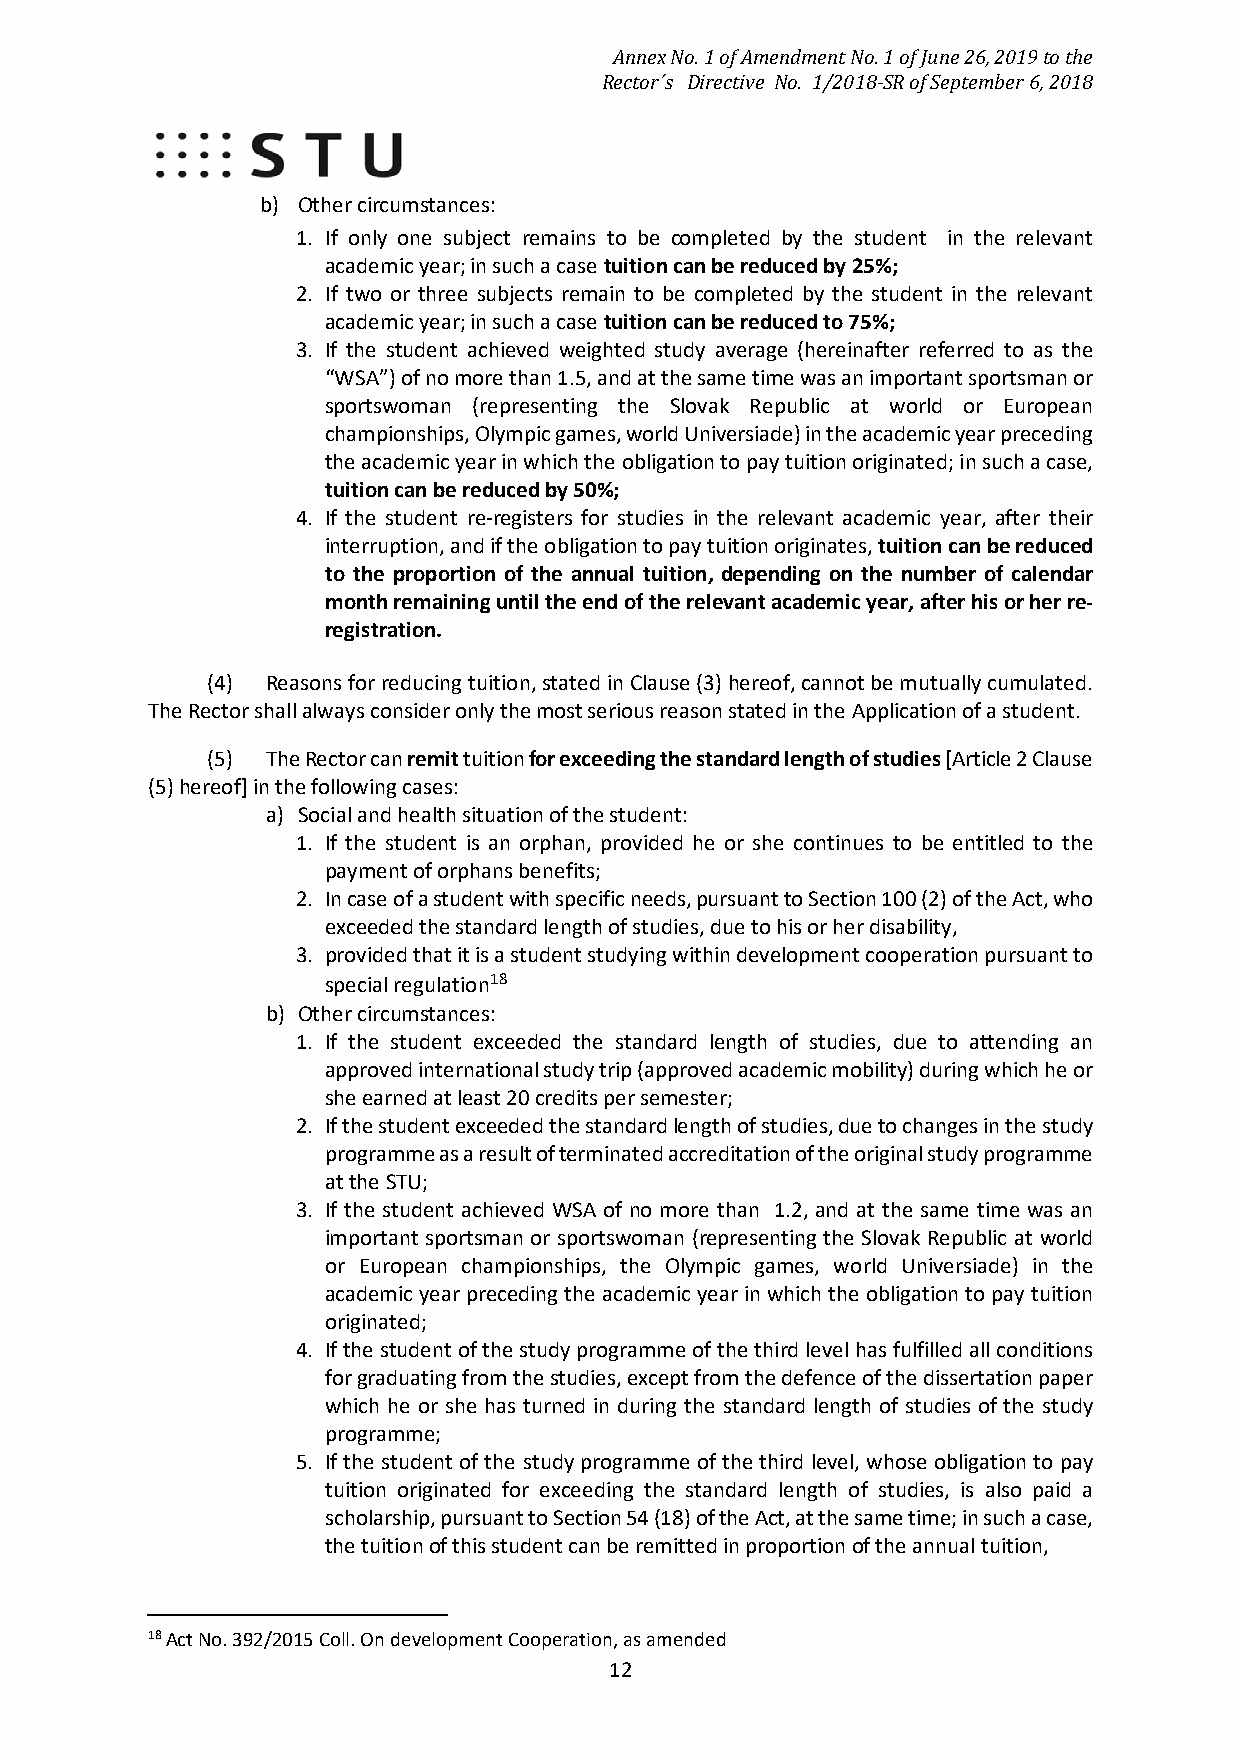
Annex No. 1 of Amendment No. 1 of June 26, 2019 to the
 Rector´s Directive No. 1/2018-SR of September 6, 2018
 b) Other circumstances:
 1. If only one subject remains to be completed by the student in the relevant
 academic year; in such a case tuition can be reduced by 25%;
 2. If two or three subjects remain to be completed by the student in the relevant
 academic year; in such a case tuition can be reduced to 75%;
 3. If the student achieved weighted study average (hereinafter referred to as the
 “WSA”) of no more than 1.5, and at the same time was an important sportsman or
 sportswoman (representing the Slovak Republic at world or European
 championships, Olympic games, world Universiade) in the academic year preceding
 the academic year in which the obligation to pay tuition originated; in such a case,
 tuition can be reduced by 50%;
 4. If the student re-registers for studies in the relevant academic year, after their
 interruption, and if the obligation to pay tuition originates, tuition can be reduced
 to the proportion of the annual tuition, depending on the number of calendar
 month remaining until the end of the relevant academic year, after his or her re-
 registration.
 (4) Reasons for reducing tuition, stated in Clause (3) hereof, cannot be mutually cumulated.
 The Rector shall always consider only the most serious reason stated in the Application of a student.
 (5) The Rector can remit tuition for exceeding the standard length of studies [Article 2 Clause
 (5) hereof] in the following cases:
 a) Social and health situation of the student:
 1. If the student is an orphan, provided he or she continues to be entitled to the
 payment of orphans benefits;
 2. In case of a student with specific needs, pursuant to Section 100 (2) of the Act, who
 exceeded the standard length of studies, due to his or her disability,
 3. provided that it is a student studying within development cooperation pursuant to
 special regulation18
 b) Other circumstances:
 1. If the student exceeded the standard length of studies, due to attending an
 approved international study trip (approved academic mobility) during which he or
 she earned at least 20 credits per semester;
 2. If the student exceeded the standard length of studies, due to changes in the study
 programme as a result of terminated accreditation of the original study programme
 at the STU;
 3. If the student achieved WSA of no more than 1.2, and at the same time was an
 important sportsman or sportswoman (representing the Slovak Republic at world
 or European championships, the Olympic games, world Universiade) in the
 academic year preceding the academic year in which the obligation to pay tuition
 originated;
 4. If the student of the study programme of the third level has fulfilled all conditions
 for graduating from the studies, except from the defence of the dissertation paper
 which he or she has turned in during the standard length of studies of the study
 programme;
 5. If the student of the study programme of the third level, whose obligation to pay
 tuition originated for exceeding the standard length of studies, is also paid a
 scholarship, pursuant to Section 54 (18) of the Act, at the same time; in such a case,
 the tuition of this student can be remitted in proportion of the annual tuition,
 18 Act No. 392/2015 Coll. On development Cooperation, as amended
 12